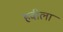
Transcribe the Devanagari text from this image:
हवीला